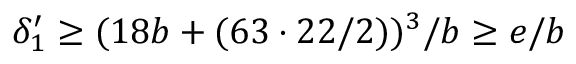
\delta _ { 1 } ^ { \prime } \geq ( 1 8 b + ( 6 3 \cdot 2 2 / 2 ) ) ^ { 3 } / b \geq e / b